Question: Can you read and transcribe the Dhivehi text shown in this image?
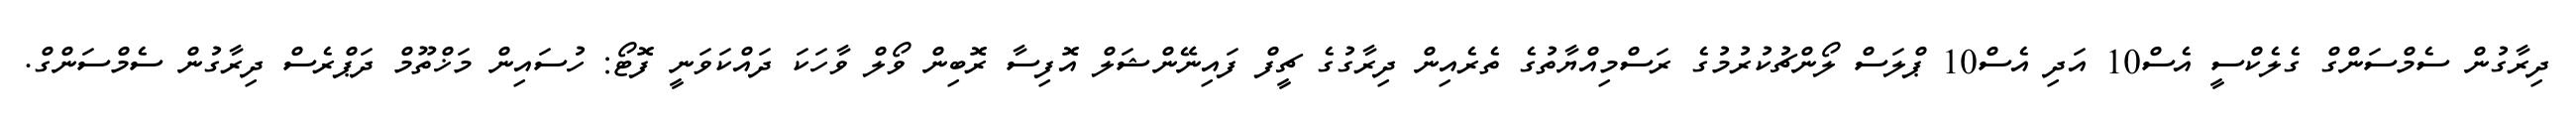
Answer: ދިރާގުން ސެމްސަންގް ގެލެކްސީ އެސް10 އަދި އެސް10 ޕްލަސް ލޯންޗުކުރުމުގެ ރަސްމިއްޔާތުގެ ތެރެއިން ދިރާގުގެ ޗީފް ފައިނޭންޝަލް އޮފިސާ ރޮބިން ވޯލް ވާހަކަ ދައްކަވަނީ ފޮޓޯ: ހުސައިން މަޚްތޫމް ދަޕްރެސް ދިރާގުން ސެމްސަންގް.